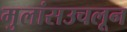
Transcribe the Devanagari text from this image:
मुलांसउचलून